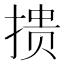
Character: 𰔋